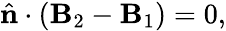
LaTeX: \hat{\mathbf{n}}\cdot(\mathbf{B}_{2}-\mathbf{B}_{1})=0,